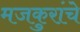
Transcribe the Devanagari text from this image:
मजकुरांचे